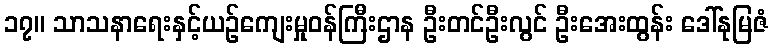
၁၇။ သာသနာရေးနှင့်ယဉ်ကျေးမှုဝန်ကြီးဌာန ဦးတင်ဦးလွင် ဦးအေးထွန်း ဒေါ်နုမြဇံ